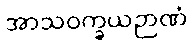
အာသဝက္ခယဉာဏံ